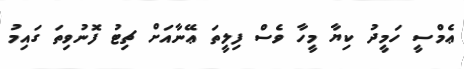
ޢެމްސީ ހަމީދު ކިޔާ މީހާ ވެސް ފިލީތަ ޢޭނާއަށް ޗިޓު ފޮނުވިތަ ގައިމު